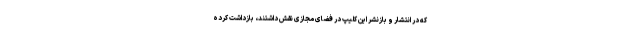
که در انتشار و بازنشر این کلیپ در فضای مجازی نقش داشتند، بازداشت کرده